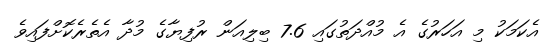
އެކަމަކު މި އަހަރުގެ އެ މުއްދަތުގައި 7.6 ބިލިއަން ރުފިޔާގެ މުދާ އެތެރެކޮށްފައިވެ